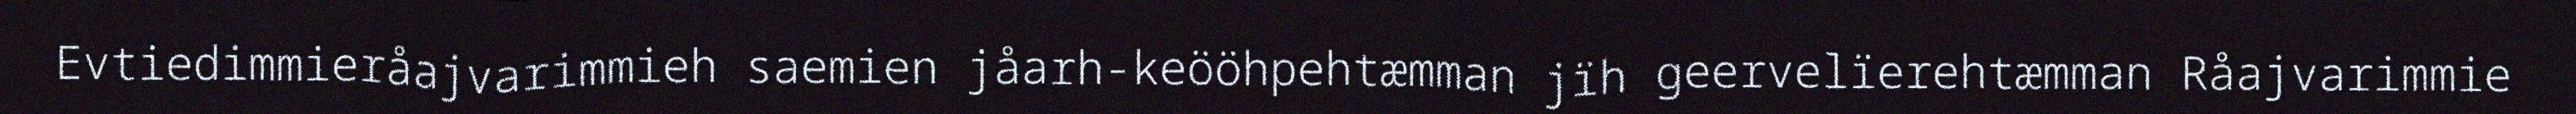
Evtiedimmieråajvarimmieh saemien jåarh-keööhpehtæmman jïh geervelïerehtæmman Råajvarimmie